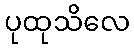
ပုထုသိလေ